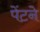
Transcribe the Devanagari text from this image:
पेंटने